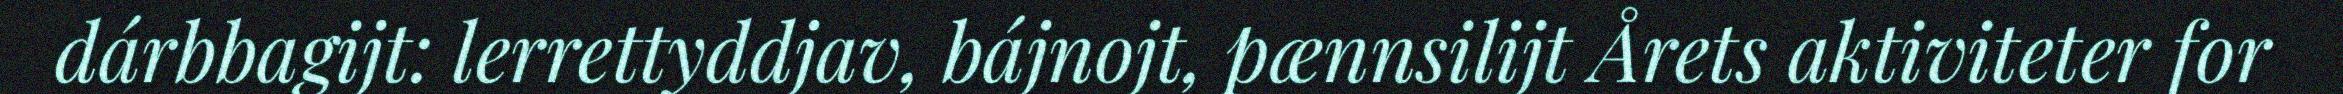
dárbbagijt: lerrettyddjav, bájnojt, pænnsilijt Årets aktiviteter for